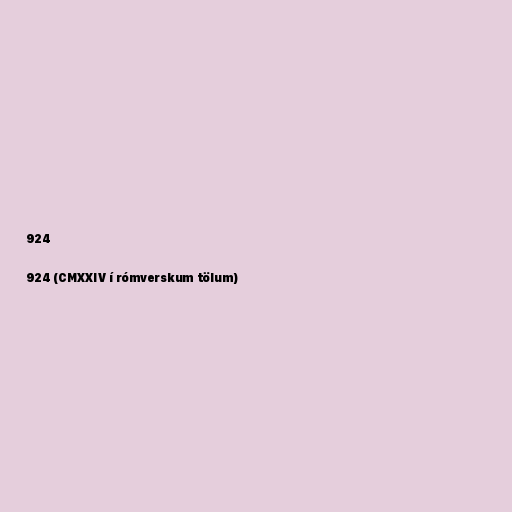
924

924 (CMXXIV í rómverskum tölum)